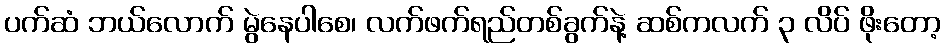
ပက်ဆံ ဘယ်လောက် မွဲနေပါစေ၊ လက်ဖက်ရည်တစ်ခွက်နဲ့ ဆစ်ကလက် ၃ လိပ် ဖိုးတော့